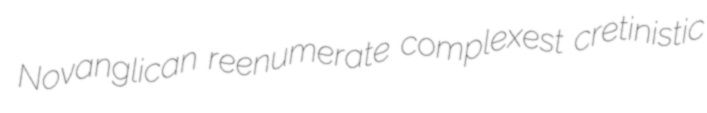
Novanglican reenumerate complexest cretinistic